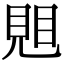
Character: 𧠦